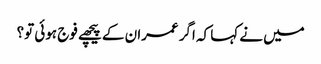
میں نے کہا کہ اگر عمران کے پیچھے فوج ہوئی تو؟